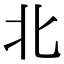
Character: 北